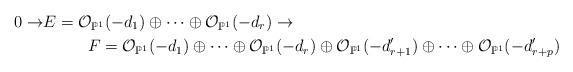
LaTeX: \begin{align*} 0 \rightarrow & E= \mathcal{O}_{\mathbb{P}^1}(-d_1) \oplus \dots \oplus \mathcal{O}_{\mathbb{P}^1}(-d_r) \rightarrow \\& \:\:\:\:\:\:\:\:\:\:\:\: F=\mathcal{O}_{\mathbb{P}^1}(-d_1) \oplus \dots \oplus \mathcal{O}_{\mathbb{P}^1}(-d_r) \oplus \mathcal{O}_{\mathbb{P}^1}(-d_{r+1}') \oplus \dots \oplus \mathcal{O}_{\mathbb{P}^1}(-d_{r+p}') \end{align*}